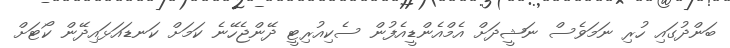
ބަންދުގައި ހުރި ނަމަވެސް ނަޝީދަށް އެމްއެންޑީއެފުން ސެކިއުރިޓީ ދޭންޖެހޭނެ ކަމަށް ކަނޑައަޅައިދޭން ކޯޓަށް